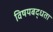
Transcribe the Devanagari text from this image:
विषयबद्धता